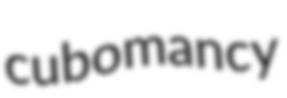
cubomancy